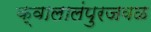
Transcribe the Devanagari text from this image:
क्वालालंपुरजवळ